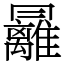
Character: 㒿